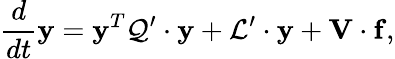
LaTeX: \frac{d}{dt}{\mathbf y}={\mathbf y}^{T}{\cal Q}^{\prime}\cdot{\mathbf y}+{\cal L}^{\prime}\cdot{\mathbf y}+{\mathbf V}\cdot{\mathbf f},